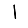
Digit: 1